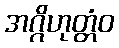
အဂ္ဂိဟုတ္တံဝ